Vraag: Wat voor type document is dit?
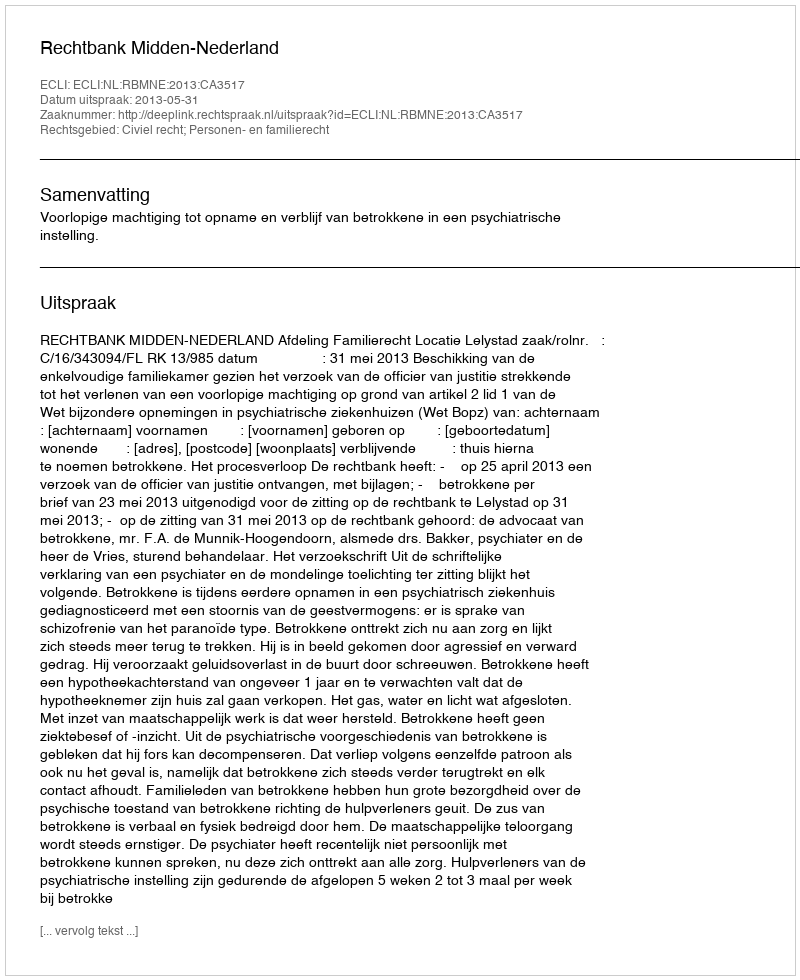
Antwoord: Uitspraak